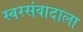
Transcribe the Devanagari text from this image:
स्वरसंवादाला